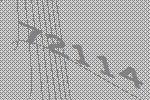
72114